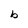
Character: b